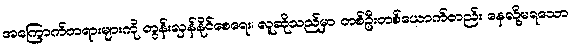
အကြောက်တရားများကို တွန်းလှန်နိုင်စေရေး၊ လူဆိုသည်မှာ တစ်ဦးတစ်ယောက်တည်း နေလို့မရသော